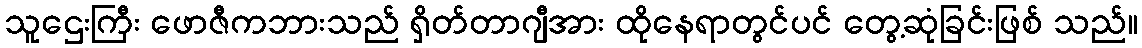
သူဌေးကြီး ဖောဇီကဘားသည် ရှိတ်တာဂျီအား ထိုနေရာတွင်ပင် တွေ့ဆုံခြင်းဖြစ် သည်။